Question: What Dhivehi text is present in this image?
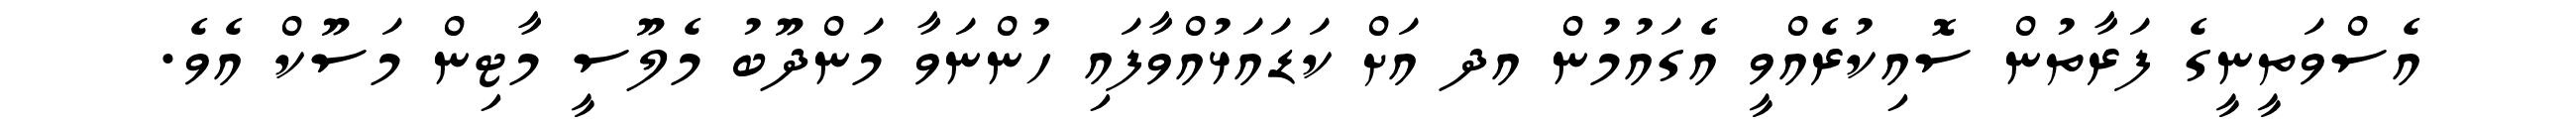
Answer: އެސްވަތީނީގެ ފަރާތުން ސޮއިކުރެއްވީ އެގައުމުން އދ އަށް ކަޑައަޅުއްވާފައި ހުންނަވާ މަންދޫބު މެލޫސީ މާޓިން މަސޫކް އެވެ.